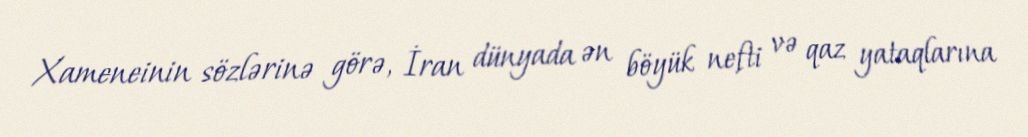
Xameneinin sözlərinə görə, İran dünyada ən böyük nefti və qaz yataqlarına